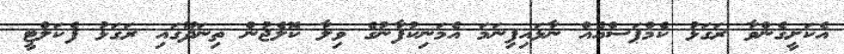
އެކަށީގެންވާ ރަގަޅު ކެމްޕަސްއެއް ނާޅައިފިނަމަ އެމަނިކުފާނުގެ ވިލާ ކޮލެޖުން ތިނަދޫގައި ރަގަޅު ފެކަލްޓީ